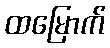
ထမြောက်